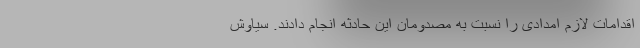
اقدامات لازم امدادی را نسبت به مصدومان این حادثه انجام دادند. سیاوش